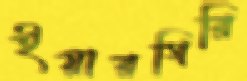
ইয়ারগিরি